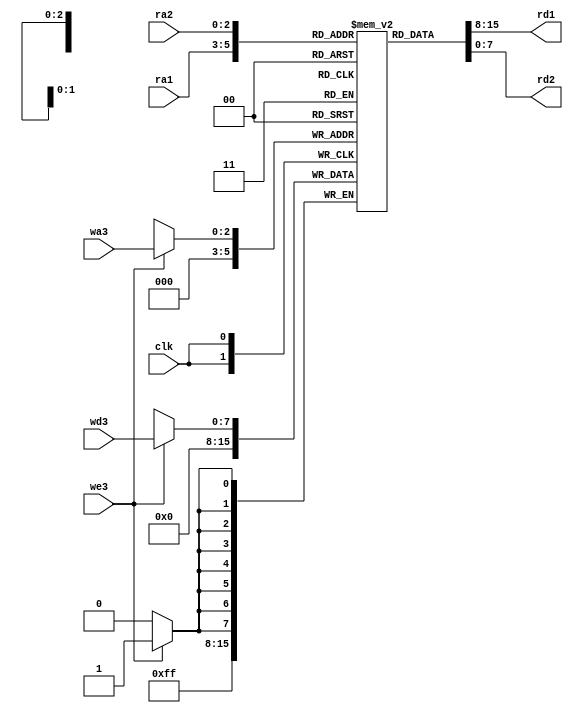
// Mdulo Registrador - Sprint 03
module RegisterFile(input we3, clk, input[7:0] wd3, input[2:0] wa3, input[2:0] ra1, input[2:0] ra2, output reg[7:0] rd1, output reg[7:0] rd2 );	
reg[7:0] registrador[7:0]; // criar 8 registradores de 8 bits
always @(posedge clk) // Escrita
begin
	if(we3==1) // Se o we3 for(1), Habilita a gravao
		registrador[wa3] <= wd3;
		registrador[0] <= 8'b00000000;
end
always @(*) // Leitura
begin
	rd1 <= registrador[ra1];
	rd2 <= registrador[ra2];
end	
endmodule